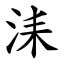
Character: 洡